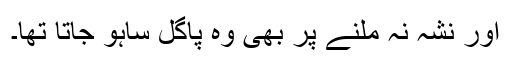
اور نشہ نہ ملنے پر بھی وہ پاگل ساہو جاتا تھا۔